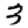
Digit: 3